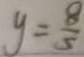
y = \frac { 8 } { 5 }